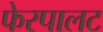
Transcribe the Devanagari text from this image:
फेरपालट